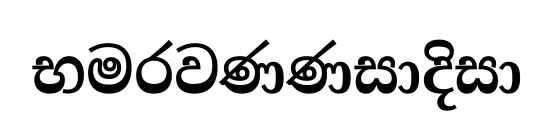
භමරවණණසාදිසා